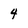
Character: 4